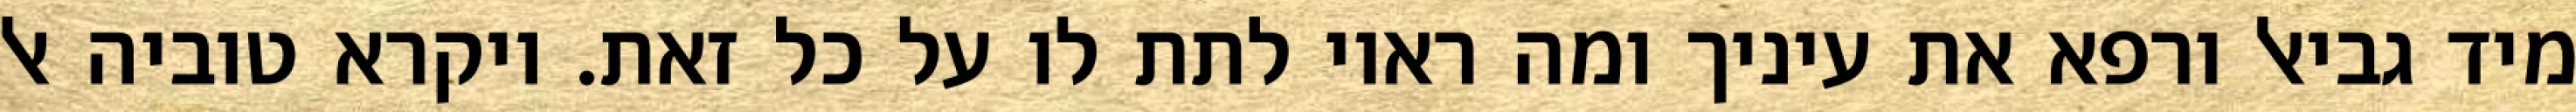
מיד גביאל ורפא את עיניך ומה ראוי לתת לו על כל זאת. ויקרא טוביה אל